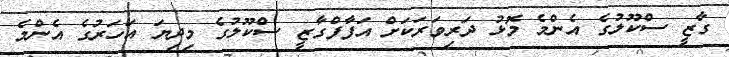
ގާޒީ ސްކޫލުގެ އެންމެ މޮޅު ދަރިވަރަަކަށް އަފާފްގާޒީ ސްކޫލުގެ މިދިޔަ އަހަރުގެ އެންމެ